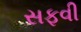
સફવી